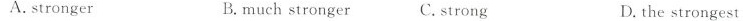
A. stronger B. much stronger C. strong D. the strongest